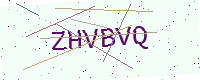
Text: ZHVBVQ